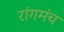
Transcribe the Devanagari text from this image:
रांगमंच